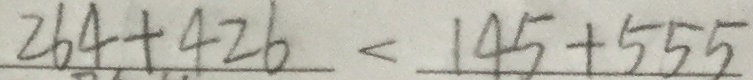
2 6 4 + 4 2 6 < 1 4 5 + 5 5 5